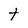
Character: t